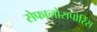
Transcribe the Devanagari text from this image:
सेफालोसपोरिंस